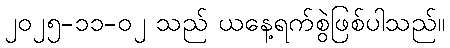
၂၀၂၅-၁၁-၀၂ သည် ယနေ့ရက်စွဲဖြစ်ပါသည်။